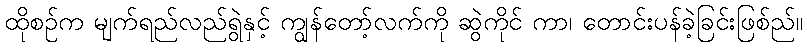
ထိုစဉ်က မျက်ရည်လည်ရွဲနှင့် ကျွန်တော့်လက်ကို ဆွဲကိုင် ကာ၊ တောင်းပန်ခဲ့ခြင်းဖြစ်ည်။